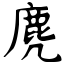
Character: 麂